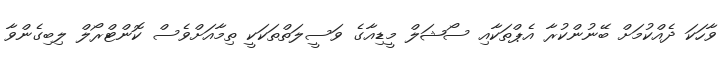
ވާހަކަ ދެއްކުމަށް ބޭނުންކުރާ އެޕްތަކާއި ސޯޝަލް މީޑިއާގެ ވަސީލަތްތަކަކީ ތިމާއަށްވެސް ކޮންޓްރޯލް ލިބިގެންވާ